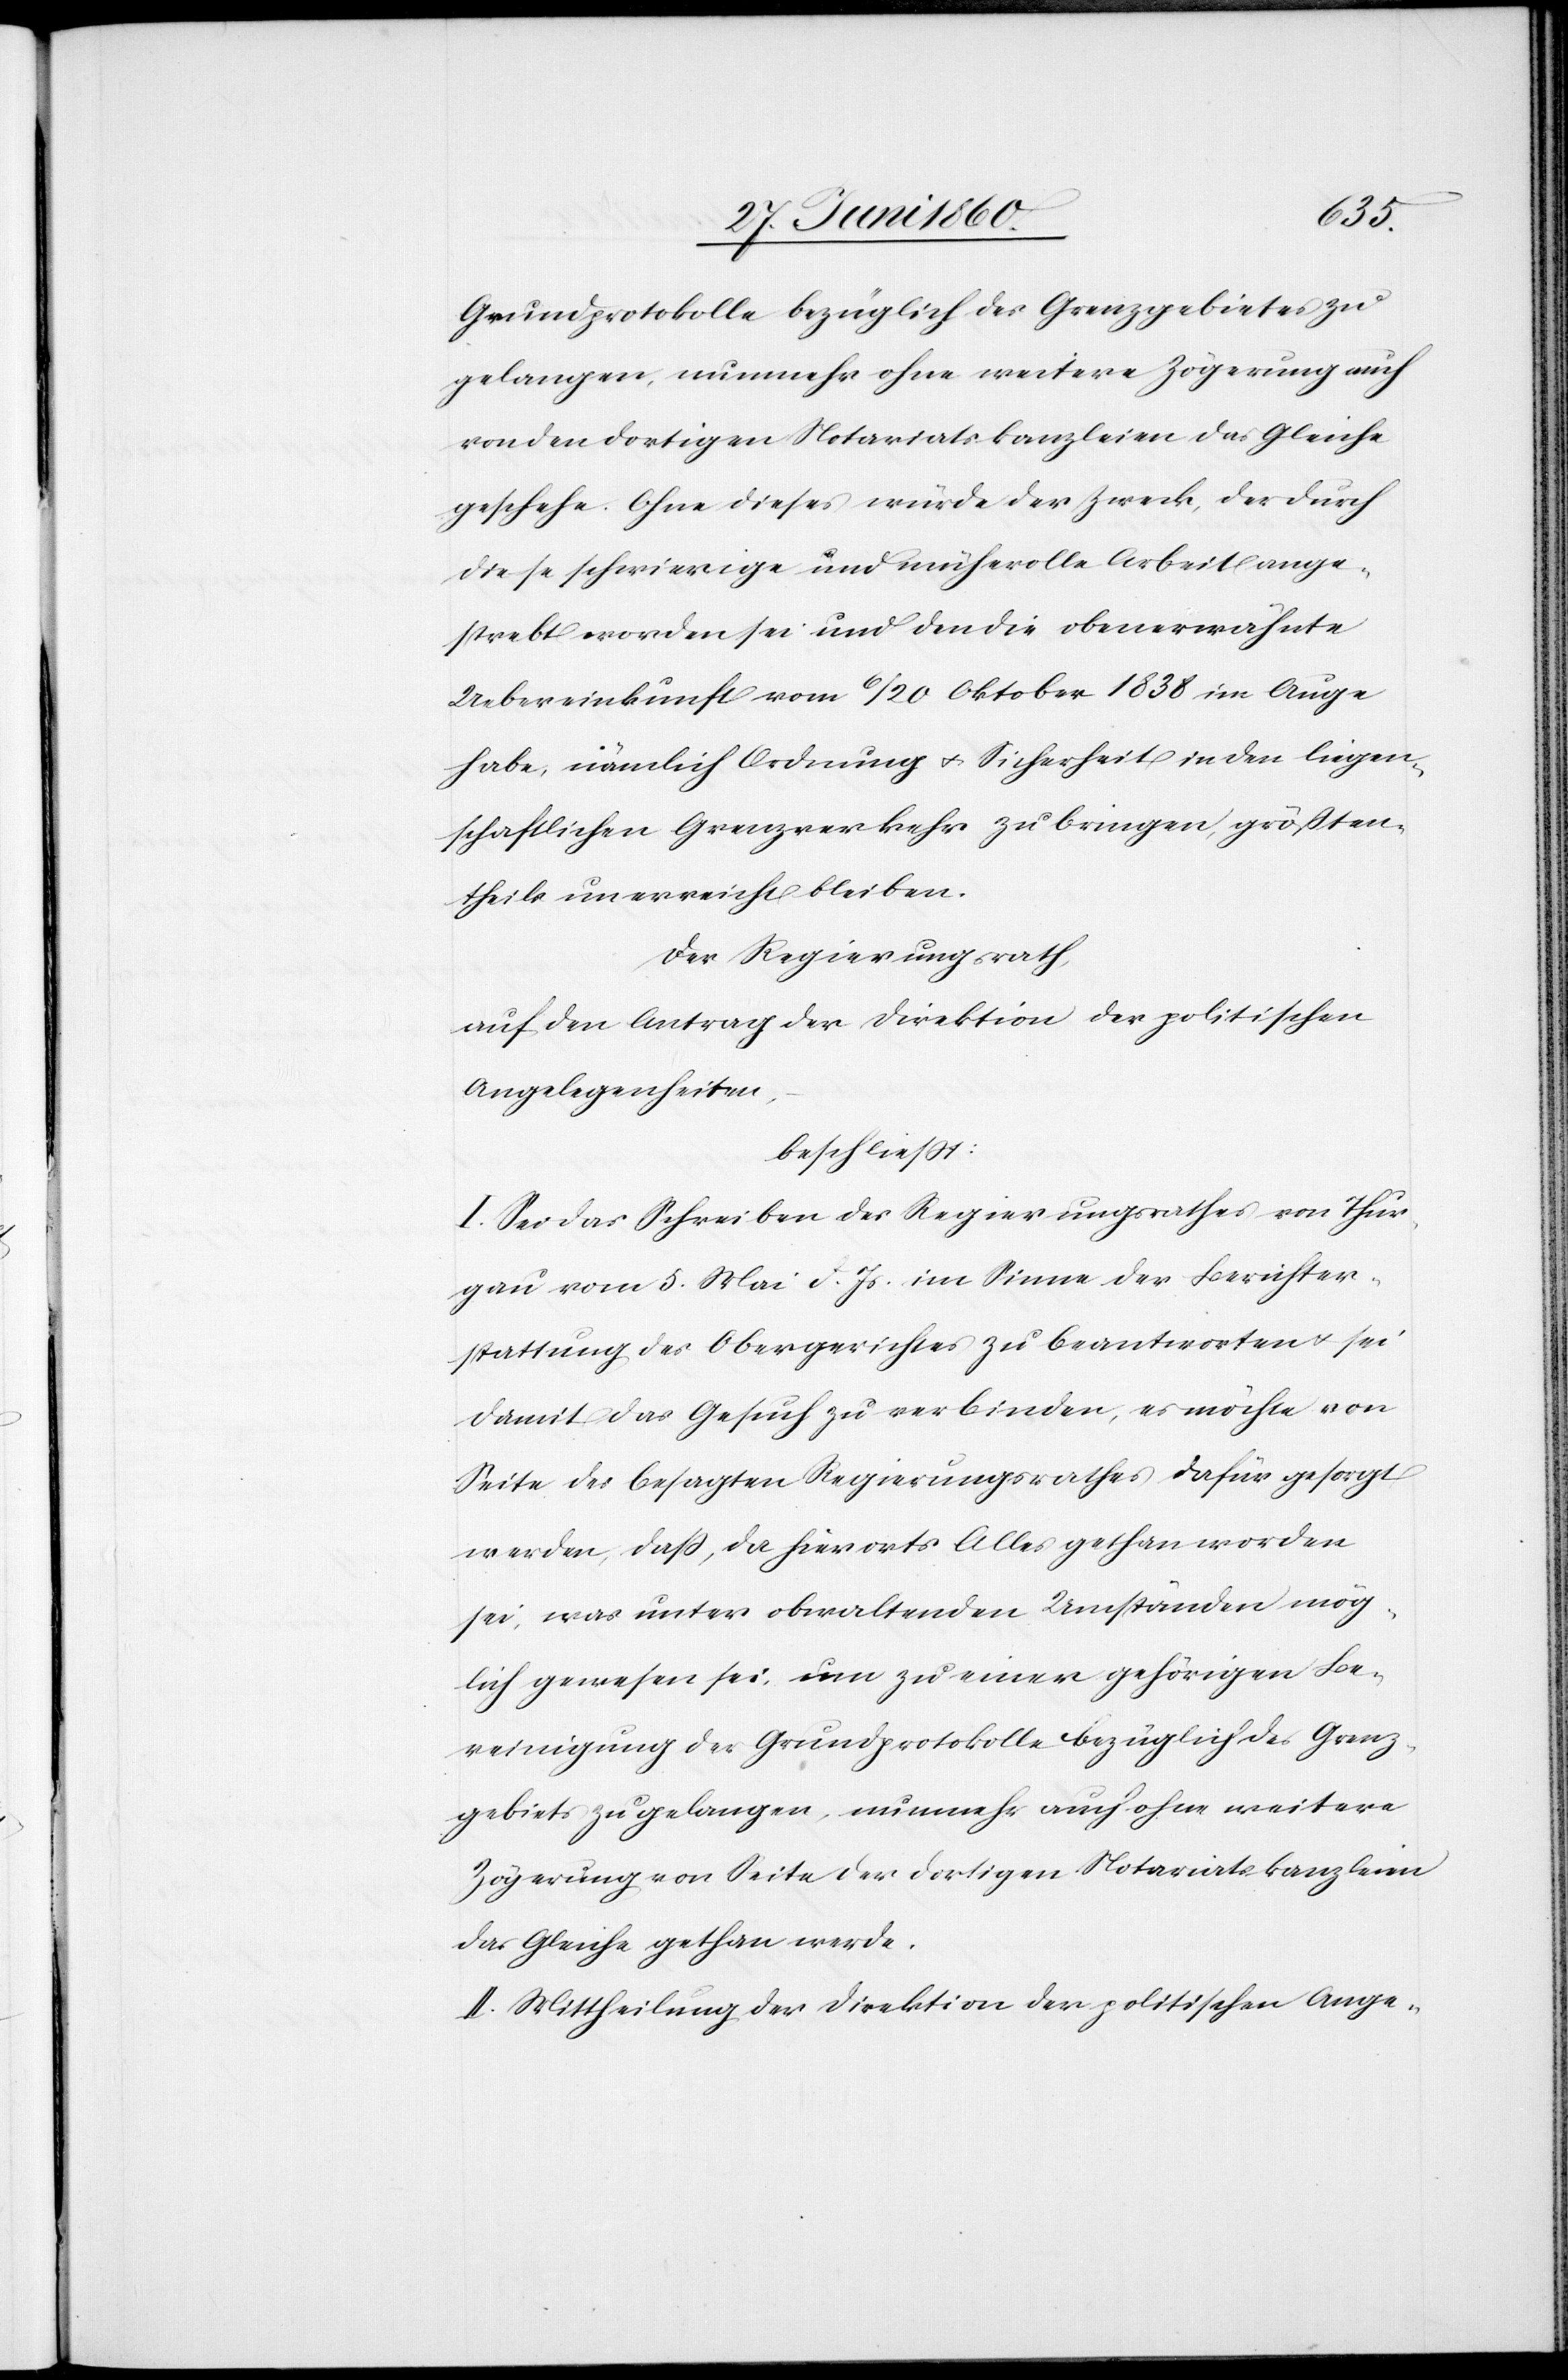
Grundprotokolle bezüglich des Grenzgebietes zu
gelangen, nunmehr ohne weitere Zögerung auch
von den dortigen Notariatskanzleien das Gleiche
geschehe. Ohne dieses würde der Zweck, der durch
diese schwierige und mühevolle Arbeit ange¬
strebt worden sei und den die oberwähnte
Uebereinkunft vom 6/20 Oktober 1838 im Auge
habe, nämlich Ordnung u. Sicherheit in den liegen¬
schaftlichen Grenzverkehr zu bringen, grössten¬
theils unerreicht bleiben.
Der Regierungsrath,
auf den Antrag der Direktion der politischen
Angelegenheiten,
beschliesst:
I. Sei das Schreiben des Regierungsrathes von Thur¬
gau vom 5. Mai d. Js. im Sinne der Berichter¬
stattung des Obergerichtes zu beantworten u. sei
damit das Gesuch zu verbinden, es möchte von
Seite des besagten Regierungsrathes dafür gesorgt
werden, dass, da hierorts Alles gethan worden
sei, was unter obwaltenden Umständen mög¬
lich gewesen sei, um zu einer gehörigen Be¬
reinigung der Grundprotokolle bezüglich des Grenz¬
gebiets zu gelangen, nunmehr auch ohne weitere
Zögerung von Seite der dortigen Notariatskanzleien
das Gleiche gethan werde.
II. Mittheilung der Direktion der politischen Ange-